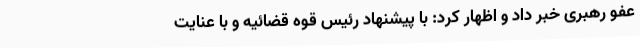
عفو رهبری خبر داد و اظهار کرد: با پیشنهاد رئیس قوه ‌قضائیه و با عنایت